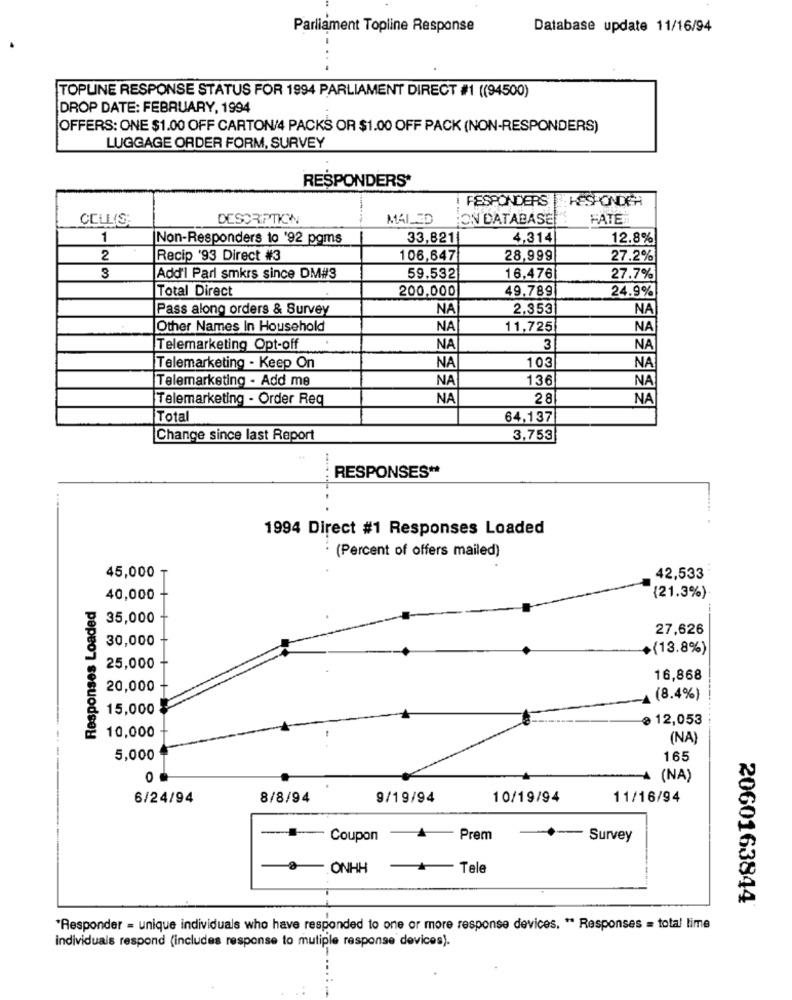
Parliament Topline Response
Database update 11/16/94
TOPLINE RESPONSE STATUS FOR 1994 PARLIAMENT DIRECT #1 ((94500)
DROP DATE: FEBRUARY, 1994
OFFERS: ONE $1.00 OFF CARTON/4 PACKS OR $1.00 OFF PACK (NON-RESPONDERS)
LUGGAGE ORDER FORM, SURVEY
RESPONDERS*
RESPONDERS
RESPONDER
CELLIS:
DESCRIPTION
MAILED
HON DATABASE
HATE
1
Non-Responders to '92 poms
33,821|
4,314
12.8%
2
Recip '93 Direct #3
106,647
28,999
27.2%
3
Add'l Parl smkrs since DM#3
59.532
16,476
27.7%
Total Direct
200,000
49.789
24.9%
Pass along orders & Survey
NA
2,353
NA
Other Names In Household
NA
11,725
NA
Telemarketing Opt-off
NA
3
NA
NA
10
NA
Telemarketing - Keep On
Telemarketing - Add me
NA
136
NA
Telemarketing - Order Req
NA
28
NA
Total
64,137
Change since last Report
3,753
RESPONSES **
1994 Direct #1 Responses Loaded
: (Percent of offers mailed)
42,533
45,000 T
Responses Loaded
40,000 -
(21.3%)
35,000
27,626
30,000
(13.8%)
25,000
16,868
20,000
(8.4%)
15,000
≥ 12,053
10,000
(NA)
5,000
165
0
(NA)
6/24/94
8/8/94
9/19/94
10/19/94
11/16/94
Coupon
4
Prem
Survey
ONHH
Tele
2060163844
"Responder = unique individuals who have responded to one or more response devices, " Responses = total time
individuals respond (includes response to mutiple response devices).